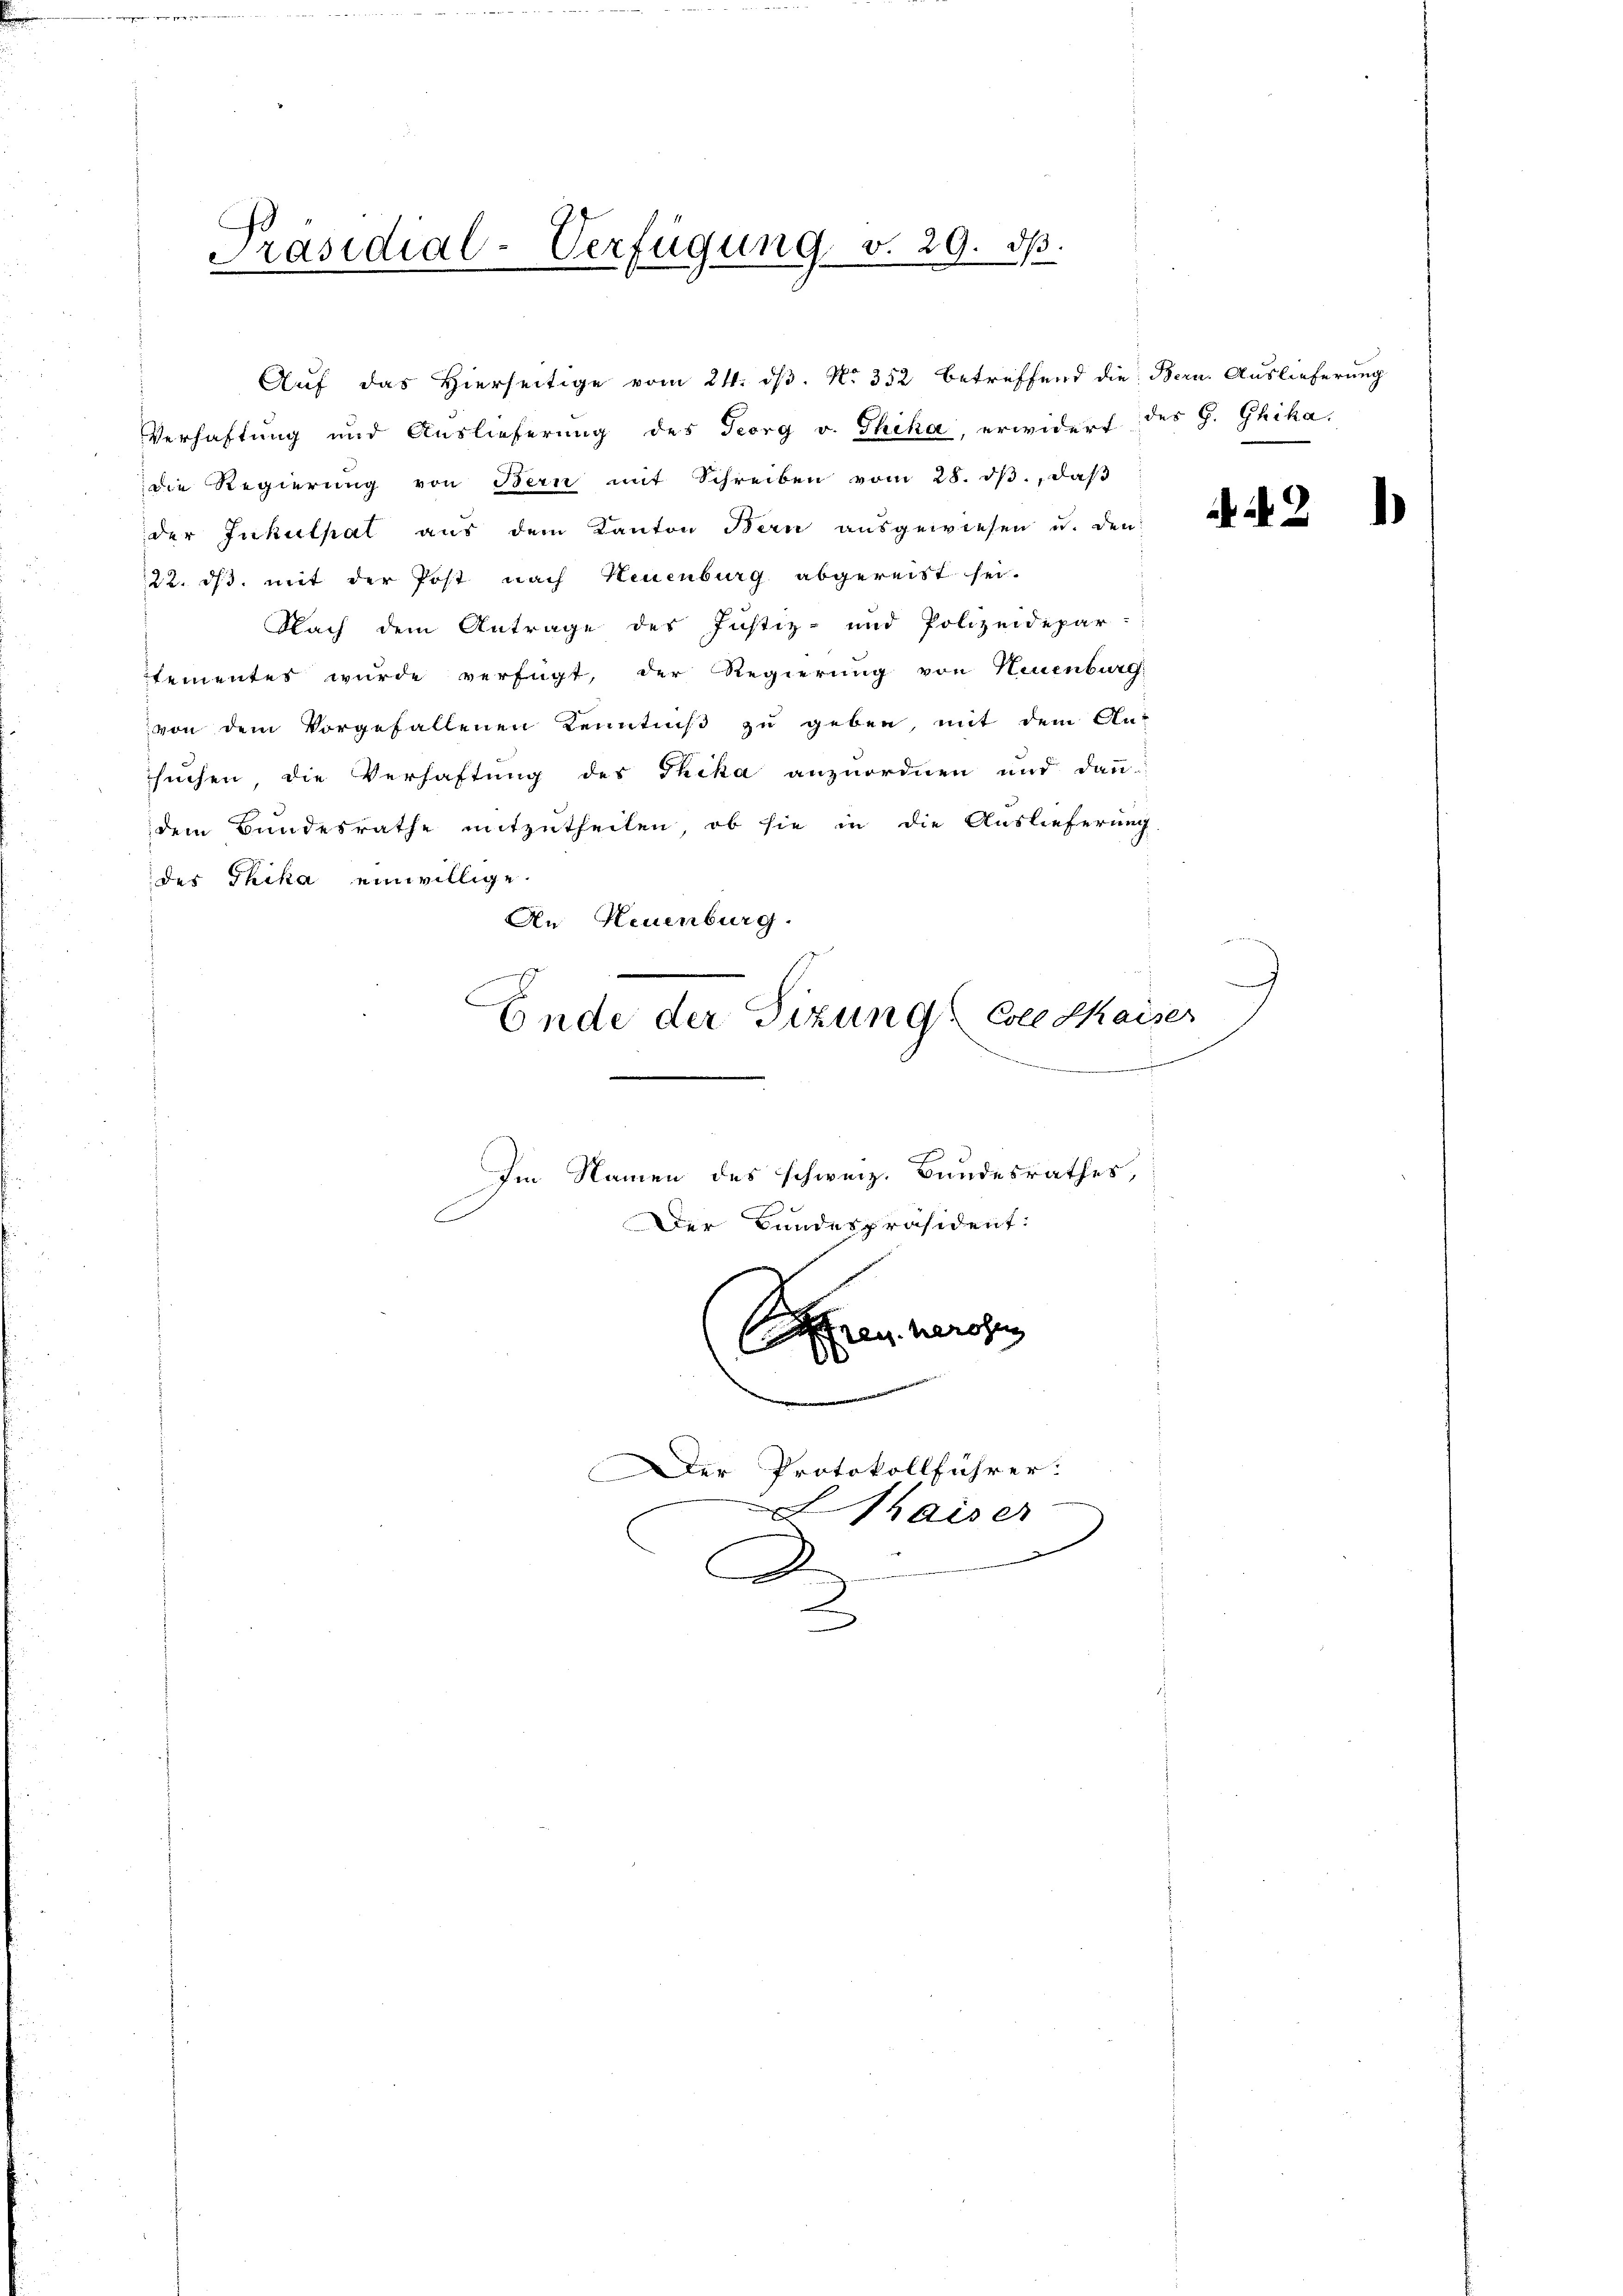
Präsidial-Verfügung v. 29. dβ.

Verhaftung und Auslieferung des Georg v. Thiha, erwidert des H. Ghika
die Regierŭng von Bern mit Schreiben vom 28. dβ., daβ
der Inkulpat aus dem Kanton Bern ausgewiesen u. den
122. ds. mit der Post nach Neuenburg abgereist sei.
Nach dem Antrage des Justiz- und Polizeidepar-
tementes wurde verfügt, der Regierung von Neuenburg
von dem Vorgefallenen Kenntniß zu geben, mit dem An-
suchen, die Verhaftung des Thika anzuordnen und dann
dem Bundesrathe mitzutheilen, ob sie in die Auslieferung.
des Thika einwillige.
An Neuenburg.
E
Ende der Sizung Coll Kaiser
Im Namen des schweiz. Bundesrathes,
C
Der Bundespräsident:
Aren heraus

Auf das Hierseitige vom 24. dβ. No. 352 betreffend die Bern. Auslieferung

Der Protokollführer.
haiser
d
D

A 2